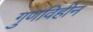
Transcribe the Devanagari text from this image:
गुणविहीन